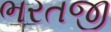
ભરતજી